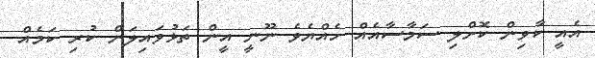
އެއީ ކާވިން ކޮށްލި ސަމާސާއެއް ހެއްޔެވެ ނޫނީ އީން ތަޅުވައިލަން ކުރި ކަމެއް